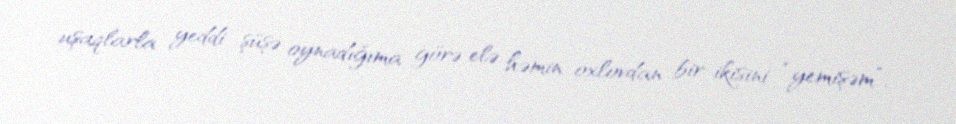
uşaqlarla yeddi şüşə oynadığıma görə elə həmin oxlovdan bir-ikisini “yemişəm”.